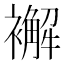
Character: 𧞊